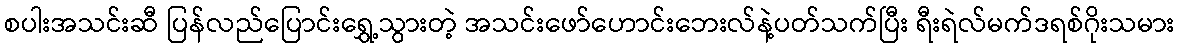
စပါးအသင်းဆီ ပြန်လည်ပြောင်းရွှေ့သွားတဲ့ အသင်းဖော်ဟောင်းဘေးလ်နဲ့ပတ်သက်ပြီး ရီးရဲလ်မက်ဒရစ်ဂိုးသမား